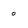
Character: 0